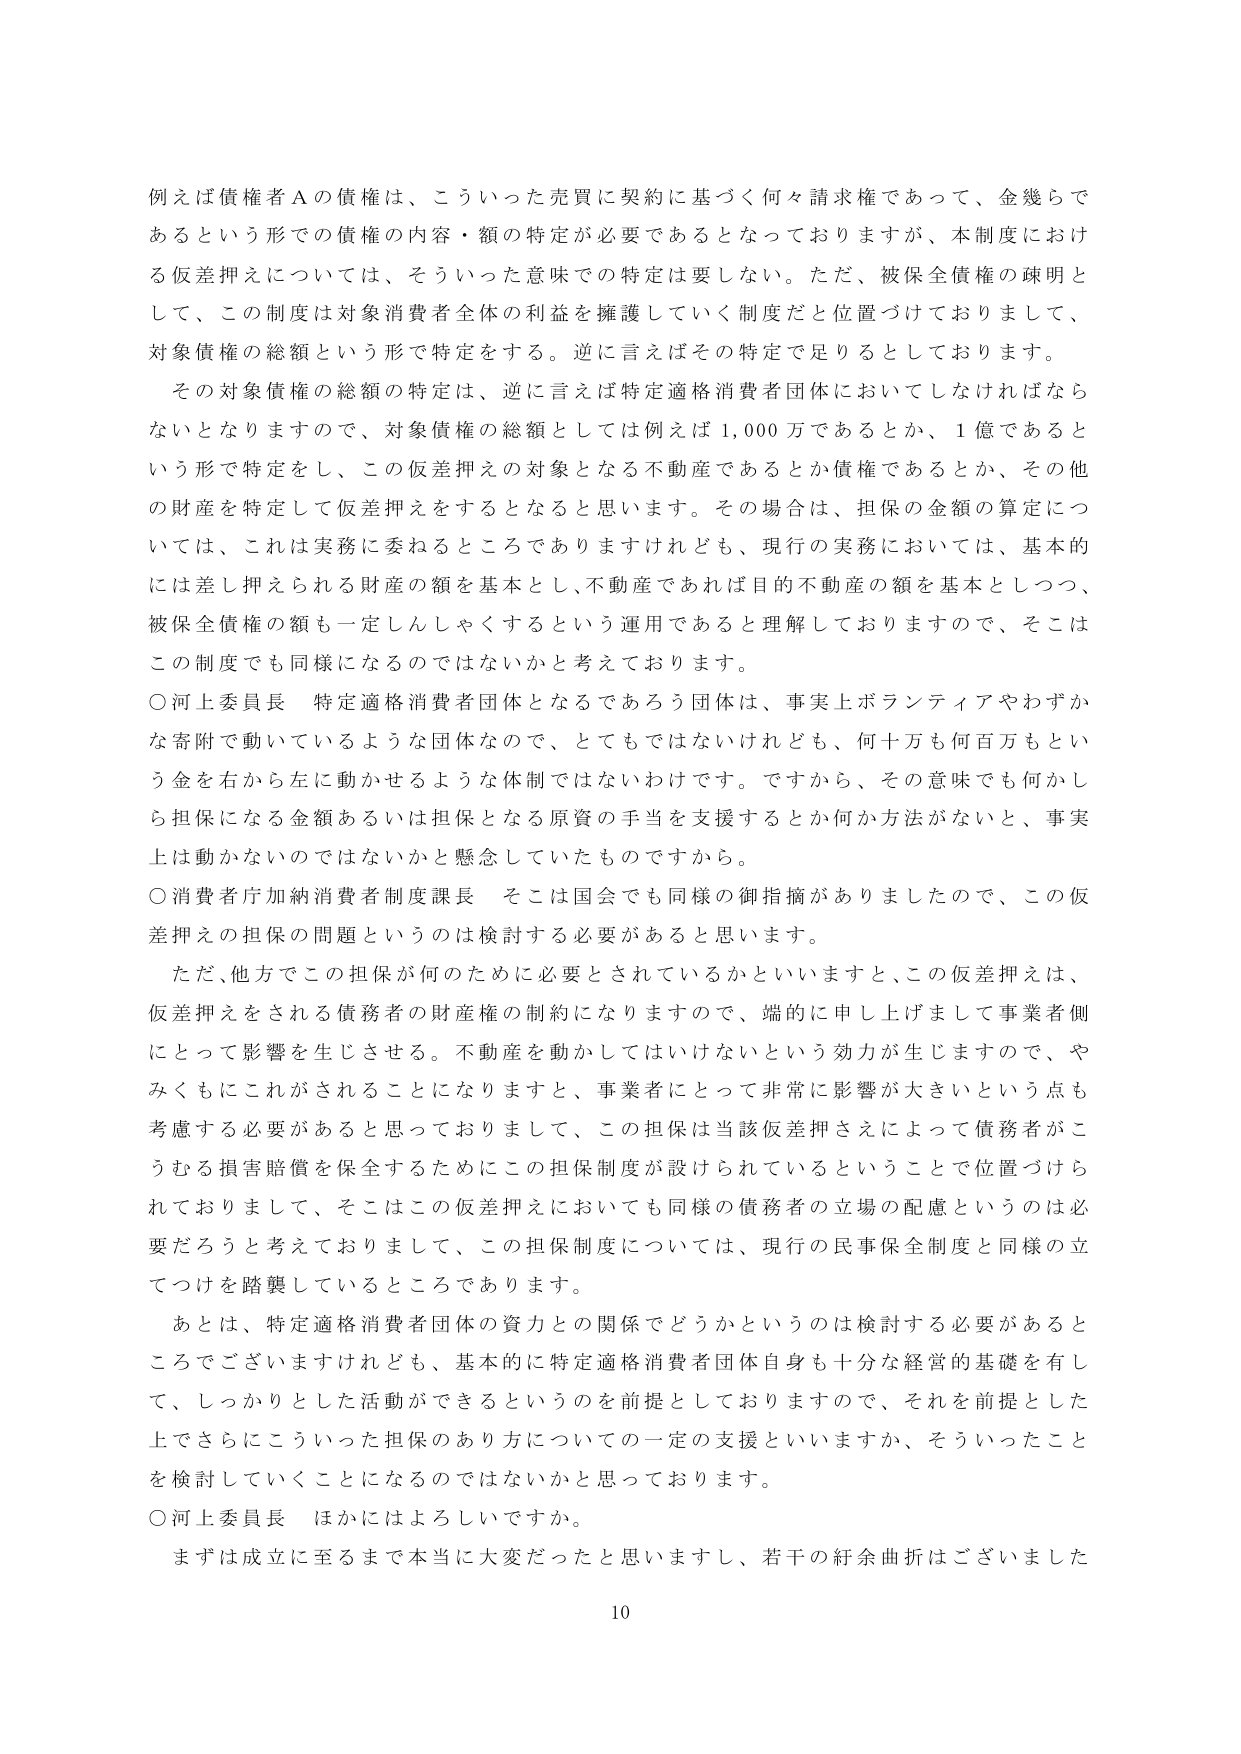
例えば債権者Ａの債権は、こういった売買に契約に基づく何々請求権であって、金幾らであるという形での債権の内容・額の特定が必要であるとなっておりますが、本制度における仮差押えについては、そういった意味での特定は要しない。ただ、被保全債権の疎明として、この制度は対象消費者全体の利益を擁護していく制度だと位置づけておりまして、対象債権の総額という形で特定をする。逆に言えばその特定で足りるとしております。

その対象債権の総額の特定は、逆に言えば特定適格消費者団体においてしなければならないとなりますので、対象債権の総額としては例えば1,000万であるとか、1億であるという形で特定をし、この仮差押えの対象となる不動産であるとか債権であるとか、その他の財産を特定して仮差押えをするとなると思います。その場合は、担保の金額の算定については、これは実務に委ねるところでありりますけれども、現行の実務においては、基本的には差し押えられる財産の額を基本とし、不動産であれば目的不動産の額を基本としつつ、被保全債権の額も一定しんしゃくするという運用であると理解しておりますので、そこはこの制度でも同様になるのではないかと考えております。

○河上委員長　特定適格消費者団体となるであろう団体は、事実上ボランティアやわずかな寄附で動いているような団体なので、とてもではないけれども、何十万も何百万もという金を右から左に動かせるような体制ではないわけです。ですから、その意味でも何かしら担保になる金額あるいは担保となる原資の手当を支援するとか何か方法がないと、事実上は動かないのではないかと懸念していたものですから。

○消費者庁加納消費者制度課長　そこは国会でも同様の御指摘がありましたので、この仮差押えの担保の問題というのは検討する必要があると思います。

ただ、他方でこの担保が何のために必要とされているかといいますと、この仮差押えは、仮差押えをされる債務者の財産権の制約になりますので、端的に申し上げまして事業者側にとって影響を生じさせる。不動産を動かしてはいけないという効力が生じますので、やみくもにこれがされることになりますと、事業者にとって非常に影響が大きいという点も考慮する必要があると思っておりまして、この担保は当該仮差押さえによって債務者がこうむる損害賠償を保全するためにこの担保制度が設けられているということで位置づけられておりまして、そこはこの仮差押えにおいても同様の債務者の立場の配慮というのは必要だろうと考えておりまして、この担保制度については、現行の民事保全制度と同様の立てつけを踏襲しているところであります。

あとは、特定適格消費者団体の資力との関係でどうかというのは検討する必要があるところでございますけれども、基本的に特定適格消費者団体自身も十分な経営の基礎を有して、しっかりとした活動ができるというのを前提としておりますので、それを前提とした上でさらにこういった担保のあり方についての一定の支援といいますか、そういったことを検討していくことになるのではないかと思っております。

○河上委員長　ほかにはよろしいですか。

まずは成立に至るまで本当に大変だったと思いますし、若干の紆余曲折はございました

10